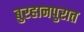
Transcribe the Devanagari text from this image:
बुरहानपुरात